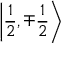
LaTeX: \left| { \frac { 1 } { 2 } } , \mp { \frac { 1 } { 2 } } \right\rangle